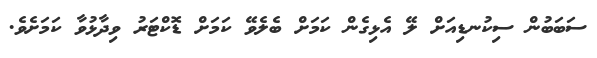
ސަބަބުން ސިކުނޑިއަށް ލޭ އެޅިގެން ކަމަށް ބެލެވޭ ކަމަށް ޑޮކްޓަރު ވިދާޅުވާ ކަމަށެވެ.